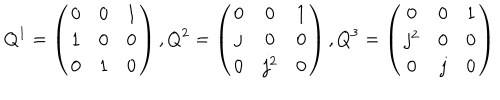
Q ^ { 1 } = \left( \begin{array} { c c c } { { 0 } } & { { 0 } } & { { 1 } } \\ { { 1 } } & { { 0 } } & { { 0 } } \\ { { 0 } } & { { 1 } } & { { 0 } } \\ \end{array} \right) , Q ^ { 2 } = \left( \begin{array} { c c c } { { 0 } } & { { 0 } } & { { 1 } } \\ { { j } } & { { 0 } } & { { 0 } } \\ { { 0 } } & { { j ^ { 2 } } } & { { 0 } } \\ \end{array} \right) , Q ^ { 3 } = \left( \begin{array} { c c c } { { 0 } } & { { 0 } } & { { 1 } } \\ { { j ^ { 2 } } } & { { 0 } } & { { 0 } } \\ { { 0 } } & { { j } } & { { 0 } } \\ \end{array} \right)